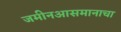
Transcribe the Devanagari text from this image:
जमीनआसमानाचा